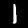
Digit: 1